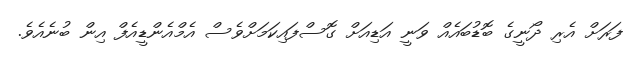
ފަރަށް އެރި ދޯނީގެ ބޮޑުބައެއް ވަނީ އަޑިއަށް ގޮސްފައިކަމަށްވެސް އެމްއެންޑީއެފް އިން ބުނެއެވެ.